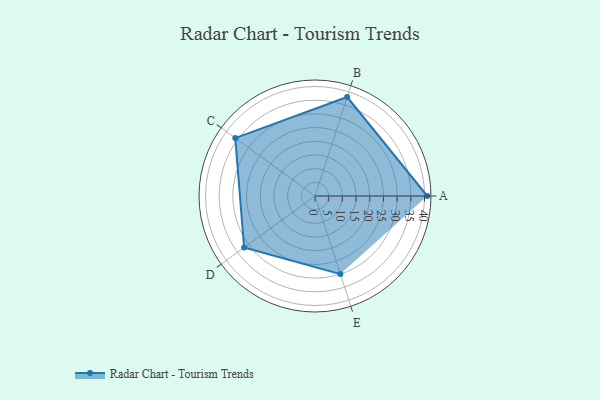
{"axis": {"x": "Skill", "y": "Score"}, "legend": ["Profile"], "data": [{"x": "A", "y": 41.0, "type": "Profile"}, {"x": "B", "y": 38.0, "type": "Profile"}, {"x": "C", "y": 36.0, "type": "Profile"}, {"x": "D", "y": 32.0, "type": "Profile"}, {"x": "E", "y": 30.0, "type": "Profile"}]}